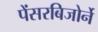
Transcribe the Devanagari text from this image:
पेंसरबिजोर्ने